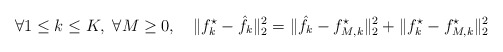
\begin{align*}\forall 1\leq k\leq K,\ \forall M\geq 0,\quad\|f^\star_k-\hat f_k\|_2^2=\|\hat f_k-f^\star_{M,k}\|_2^2+\|f^\star_k-f^\star_{M,k}\|_2^2\end{align*}